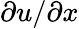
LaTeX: \partial u/\partial x